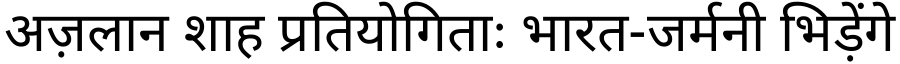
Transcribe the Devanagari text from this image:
अज़लान शाह प्रतियोगिताः भारत-जर्मनी भिड़ेंगे